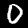
Digit: 0